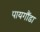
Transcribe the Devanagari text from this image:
पायगौंडा